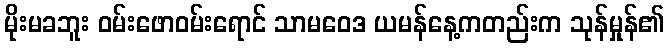
မိုးမခဘူး ဝမ်းဖောဝမ်းရောင် သာမဝေဒ ယမန်နေ့ကတည်းက သုန်မှုန်၏